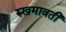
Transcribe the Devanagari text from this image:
रुखमावती